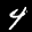
Label: 4